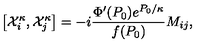
\left[ { \cal X } _ { i } ^ { \kappa } , { \cal X } _ { j } ^ { \kappa } \right] = - i \frac { \Phi ^ { \prime } ( P _ { 0 } ) e ^ { P _ { 0 } / \kappa } } { f ( P _ { 0 } ) } M _ { i j } ,